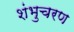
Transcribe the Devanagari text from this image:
शंभुचरण